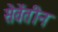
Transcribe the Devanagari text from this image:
सेवेंतीन